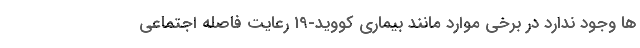
ها وجود ندارد در برخی موارد مانند بیماری کووید-19 رعایت فاصله اجتماعی